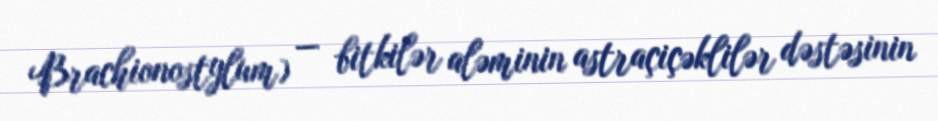
Brachionostylum) — bitkilər aləminin astraçiçəklilər dəstəsinin